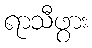
ရာသီဖွား